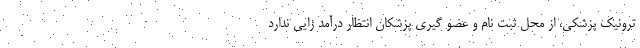
ترونیک پزشکی، از محل ثبت نام و عضو گیری پزشکان انتظار درآمد زایی ندارد